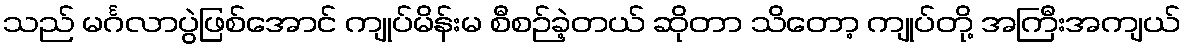
သည် မင်္ဂလာပွဲဖြစ်အောင် ကျုပ်မိန်းမ စီစဉ်ခဲ့တယ် ဆိုတာ သိတော့ ကျုပ်တို့ အကြီးအကျယ်